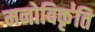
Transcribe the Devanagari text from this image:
मनोविकृ॑ति